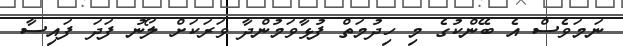
ނަމަވެސް އެ ބޭންކުގެ މި ހިދުމަތް ފުޅާވަމުންދާ ވަރަކަށް ލޯނު ފަދަ ފައިސާ